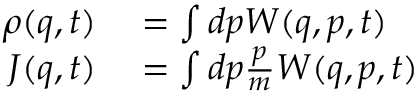
\begin{array} { r l } { \rho ( q , t ) } & { { } = \int d p W ( q , p , t ) } \\ { J ( q , t ) } & { { } = \int d p \frac { p } { m } W ( q , p , t ) } \end{array}